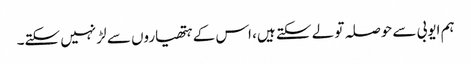
ہم ایوبی سے حوصلہ تو لے سکتے ہیں، اس کے ہتھیاروں سے لڑ نہیں سکتے۔